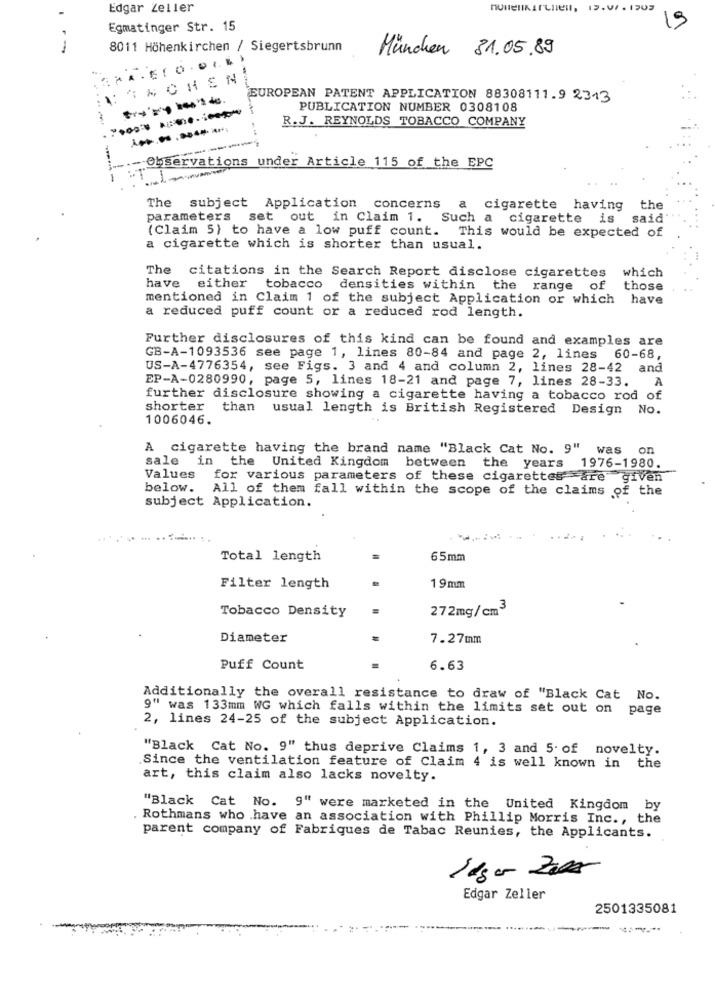
Edgar Zeller
19
Egmatinger Str. 15
8011 Höhenkirchen / Siegertsbrunn
München 31.05.89
...
V: ** CHEN
EUROPEAN PATENT APPLICATION 88308111.9 2313
PUBLICATION NUMBER 0308108
R.J. REYNOLDS TOBACCO COMPANY
-Observations under Article 115 of the EPC
The subject Application concerns a cigarette having the
parameters set out in Claim 1. Such a cigarette is said
(Claim 5) to have a low puff count. This would be expected of
a cigarette which is shorter than usual.
The
citations in the Search Report disclose cigarettes
which
have
either tobacco densities within the range of
those
mentioned in Claim 1 of the subject Application or which
have
a reduced puff count or a reduced rod length.
Further disclosures of this kind can be found and examples are
GB-A-1093536 see page 1, lines 80-84 and page 2, lines 60-68,
US-A-4776354, see Figs. 3 and 4 and column 2, lines 28-42
and
EP-A-0280990, page 5, lines 18-21 and page 7, lines 28-33.
A
further disclosure showing a cigarette having a tobacco rod of
shorter
than usual length is British Registered Design No.
1006046.
A cigarette having the brand name "Black Cat No. 9" was o
sale in the United Kingdom between the years
1976-1980.
Values
for various parameters of these cigarettes are given
below.
All of them fall within the scope of the claims of the
subject Application.
Total length
65mm
Filter length
19mm
Tobacco Density
272mg/cm3
Diameter
7.27mm
Puff Count
6.63
Additionally the overall resistance to draw of "Black Cat No.
9" was 133mm WG which falls within the limits set out on page
2, lines 24-25 of the subject Application.
"Black Cat No. 9" thus deprive Claims 1, 3 and 5. of novelty.
Since the ventilation feature of Claim 4 is well known in the
art, this claim also lacks novelty.
"Black Cat No. 9" were marketed in the United Kingdom by
Rothmans who have an association with Phillip Morris Inc ., the
parent company of Fabriques de Tabac Reunies, the Applicants.
Edgar Zeller
2501335081